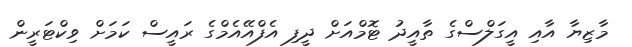
މާޒިޔާ އާއި އީގަލްސްގެ ތާއީދު ޓޮމްއަށް ދީފި އެފްއޭއެމްގެ ރައީސް ކަމަށް ވިކްޓަރީން